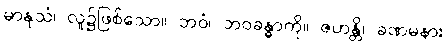
မာနုသံ၊ လူ၌ဖြစ်သော။ ဘဝံ၊ ဘဝခန္ဓာကို။ ဇဟန္တိ၊ ခဏမနား